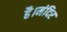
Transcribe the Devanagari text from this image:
है।मंदिर